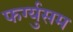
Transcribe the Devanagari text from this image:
फर्ग्युसम